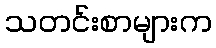
သတင်းစာများက